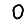
Digit: 0